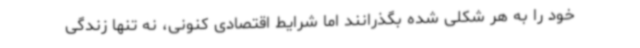
خود را به هر شکلی شده بگذرانند اما شرایط اقتصادی کنونی، نه تنها زندگی